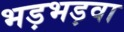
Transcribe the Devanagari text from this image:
भड़भड़वा